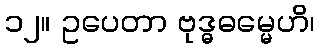
၁၂။ ဥပေတာ ဗုဒ္ဓဓမ္မေဟိ၊